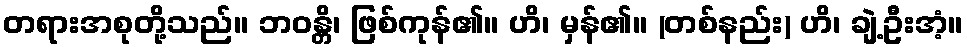
တရားအစုတို့သည်။ ဘဝန္တိ၊ ဖြစ်ကုန်၏။ ဟိ၊ မှန်၏။ (တစ်နည်း) ဟိ၊ ချဲ့ဦးအံ့။